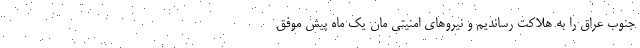
جنوب عراق را به هلاکت رساندیم و نیروهای امنیتی مان یک ماه پیش موفق